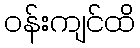
ဝန်းကျင်ထိ